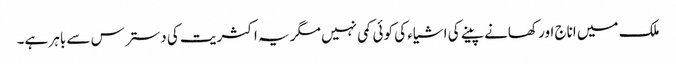
ملک میں اناج اور کھانے پینے کی اشیاء کی کوئی کمی نہیں مگر یہ اکثریت کی دسترس سے باہر ہے۔